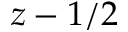
z - 1 / 2